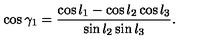
\cos \gamma _ { 1 } = { \frac { \cos l _ { 1 } - \cos l _ { 2 } \cos l _ { 3 } } { \sin l _ { 2 } \sin l _ { 3 } } } .